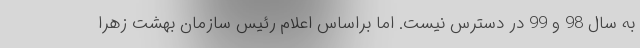
به سال 98 و 99 در دسترس نیست. اما براساس اعلام رئیس سازمان بهشت زهرا